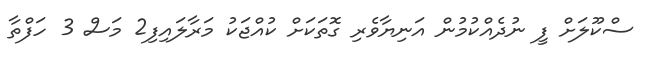
ސްކޫލަށް ފީ ނުދެއްކުމުން އަނިޔާވެރި ގޮތަކަށް ކުއްޖަކު މަރާލައިފި2 މަސް 3 ހަފްތާ